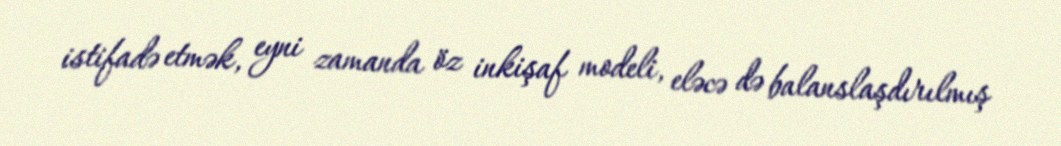
istifadə etmək, eyni zamanda öz inkişaf modeli, eləcə də balanslaşdırılmış